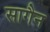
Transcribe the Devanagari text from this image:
सागैन